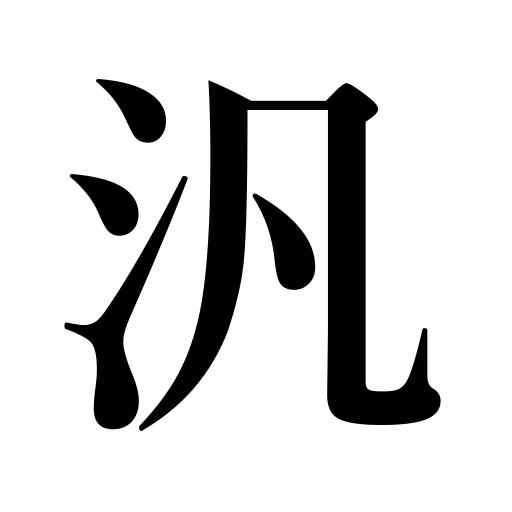
Meanings: pan